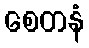
စေတနံ